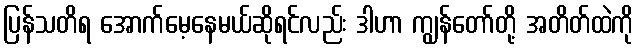
ပြန်သတိရ အောက်မေ့နေမယ်ဆိုရင်လည်း ဒါဟာ ကျွန်တော်တို့ အတိတ်ထဲကို